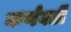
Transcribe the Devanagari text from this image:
कर्णवर्ती